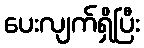
ပေးလျက်ရှိပြီး